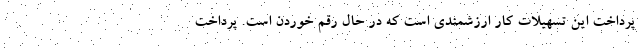
پرداخت این تسهیلات کار ارزشمندی است که در حال رقم خوردن است. پرداخت